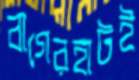
বাগেরহাটই